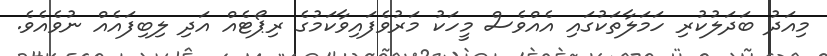
މިއަދު ބަދަލުކުރި ހަމަލާތަކުގައި އެއްވެސް މީހަކު މަރުވެފައިވާކަމުގެ ރިޕޯޓެއް އަދި ލިބިފައެއް ނުވެއެވެ.